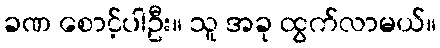
ခဏ စောင့်ပါဦး။ သူ အခု ထွက်လာမယ်။